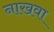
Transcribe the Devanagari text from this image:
नाखवा